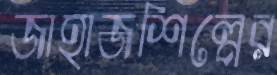
জাহাজশিল্পের